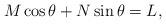
LaTeX: \begin{align*}M\cos\theta+N\sin\theta=L,\end{align*}